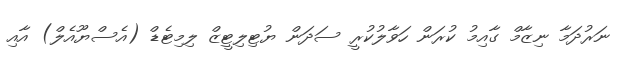
ނަރުދަމާ ނިޒާމް ގާއިމު ކުރަން ހަވާލުކުރީ ސަދަން ޔުޓިލިޓީޒް ލިމިޓެޑް (އެސްޔޫއެލް) އާއި